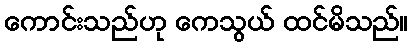
ကောင်းသည်ဟု ကေသွယ် ထင်မိသည်။